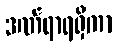
ဒဏ်ရာရရှိကာ